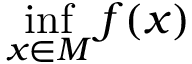
\operatorname* { i n f } _ { x \in M } f ( x )